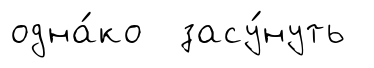
одна́ко засу́нуть